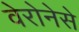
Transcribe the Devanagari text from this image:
वेरोनेसे